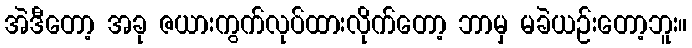
အဲဒီတော့ အခု ဇယားကွက်လုပ်ထားလိုက်တော့ ဘာမှ မခဲယဉ်းတော့ဘူး။